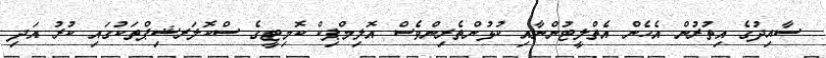
ސާއިދުގެ އިތުރުން އެހެން އެތްލީޓުންނާއި ކުޅުންތެރިންވެސް އޮލިމްޕިކް ކޮމިޓީގެ ސްކޮލަރޝިޕްތަކުގައި ކުރު އަދި